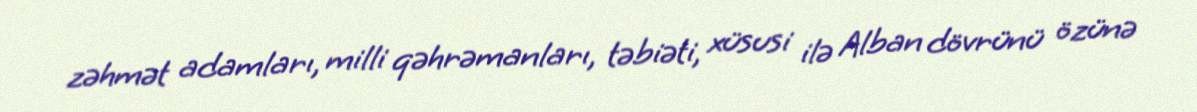
zəhmət adamları, milli qəhrəmanları, təbiəti, xüsusi ilə Alban dövrünü özünə